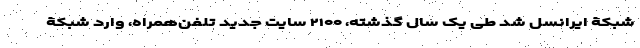
شبکۀ ایرانسل شد طی یک سال گذشته، ۲۱۰۰ سایت جدید تلفن‌همراه، وارد شبکۀ